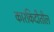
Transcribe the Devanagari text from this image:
कारकिदीतील